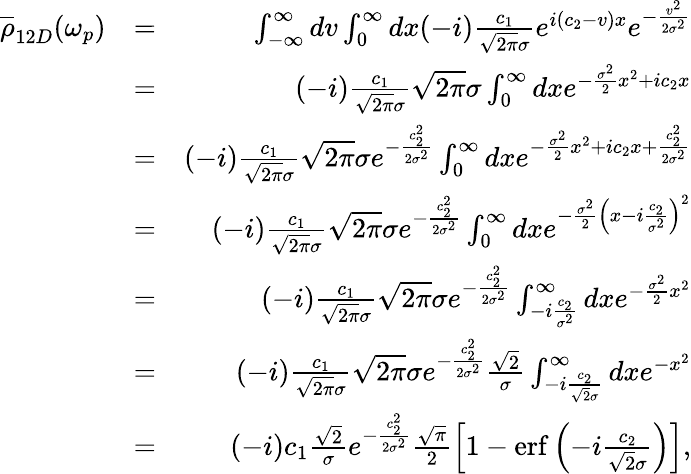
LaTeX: \begin{array}{rlr}{\overline{\rho}_{12D}(\omega_{p})}&{=}&{\int_{-\infty}^{\infty}dv\int_{0}^{\infty}dx(-i)\frac{c_{1}}{\sqrt{2\pi}\sigma}e^{i(c_{2}-v)x}e^{-\frac{v^{2}}{2\sigma^{2}}}}\\ &{=}&{(-i)\frac{c_{1}}{\sqrt{2\pi}\sigma}\sqrt{2\pi}\sigma\int_{0}^{\infty}dxe^{-\frac{\sigma^{2}}{2}x^{2}+ic_{2}x}}\\ &{=}&{(-i)\frac{c_{1}}{\sqrt{2\pi}\sigma}\sqrt{2\pi}\sigma e^{-\frac{c_{2}^{2}}{2\sigma^{2}}}\int_{0}^{\infty}dxe^{-\frac{\sigma^{2}}{2}x^{2}+ic_{2}x+\frac{c_{2}^{2}}{2\sigma^{2}}}}\\ &{=}&{(-i)\frac{c_{1}}{\sqrt{2\pi}\sigma}\sqrt{2\pi}\sigma e^{-\frac{c_{2}^{2}}{2\sigma^{2}}}\int_{0}^{\infty}dxe^{-\frac{\sigma^{2}}{2}\left(x-i\frac{c_{2}}{\sigma^{2}}\right)^{2}}}\\ &{=}&{(-i)\frac{c_{1}}{\sqrt{2\pi}\sigma}\sqrt{2\pi}\sigma e^{-\frac{c_{2}^{2}}{2\sigma^{2}}}\int_{-i\frac{c_{2}}{\sigma^{2}}}^{\infty}dxe^{-\frac{\sigma^{2}}{2}x^{2}}}\\ &{=}&{(-i)\frac{c_{1}}{\sqrt{2\pi}\sigma}\sqrt{2\pi}\sigma e^{-\frac{c_{2}^{2}}{2\sigma^{2}}}\frac{\sqrt{2}}{\sigma}\int_{-i\frac{c_{2}}{\sqrt{2}\sigma}}^{\infty}dxe^{-x^{2}}}\\ &{=}&{(-i)c_{1}\frac{\sqrt{2}}{\sigma}e^{-\frac{c_{2}^{2}}{2\sigma^{2}}}\frac{\sqrt{\pi}}{2}\left[1-\mathrm{erf}\left(-i\frac{c_{2}}{\sqrt{2}\sigma}\right)\right],}\end{array}